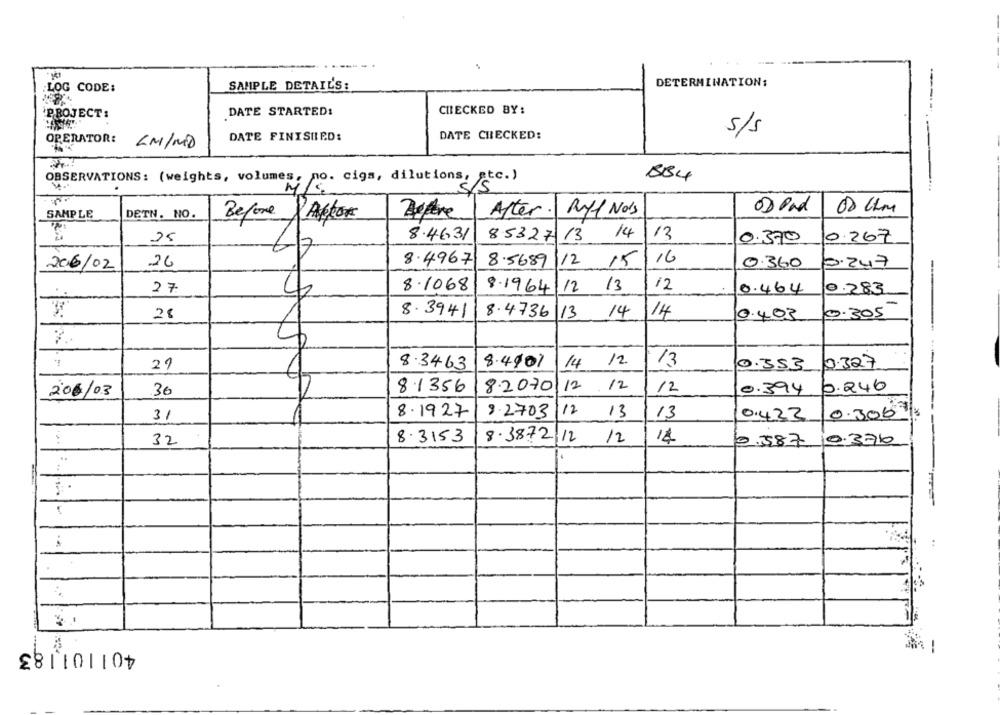
DETERMINATION:
-
.LOG CODE:
SAMPLE DETAIL'S:
PROJECT:
DATE STARTED:
CHECKED BY:
DATE CHECKED:
s/s
OPERATOR:
DATE FINISHED:
LM/MD
OBSERVATIONS: (weights, volumes, no. cigs, dilutions,
884
SAMPLE
DETN. NO.
After.
Ryl Nots
00 Uhr
Before &Auton
8.5327 13 14
13
25
8.4631
0.370
0.267
206/02
26
8.49671
8.5689|12 15
16
0.360
0.247
12 13
27
8.1068
8.1964
12
0.464
0.283
28
8.3941
8.4736
13
14
14
3.305
0.403
8.4901
14
12
13
0.327
2
8.3463
0.353
206/03
3€
8.1356
8.2070/12 . 12
12
0.394
0.246
31
8.1927
9.2703
12
13
13
0.300
»
0.422
32
8.3153
8.3872,12
12
14
0.587
10.3716
:
...
..
281101107